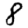
Digit: 8